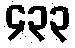
၄၃၃